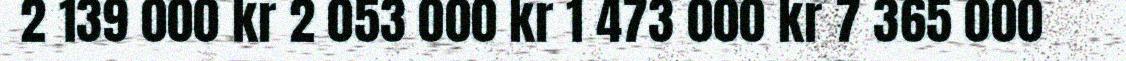
2 139 000 kr 2 053 000 kr 1 473 000 kr 7 365 000